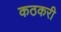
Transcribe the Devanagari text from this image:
कठकरी